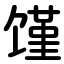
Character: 馑